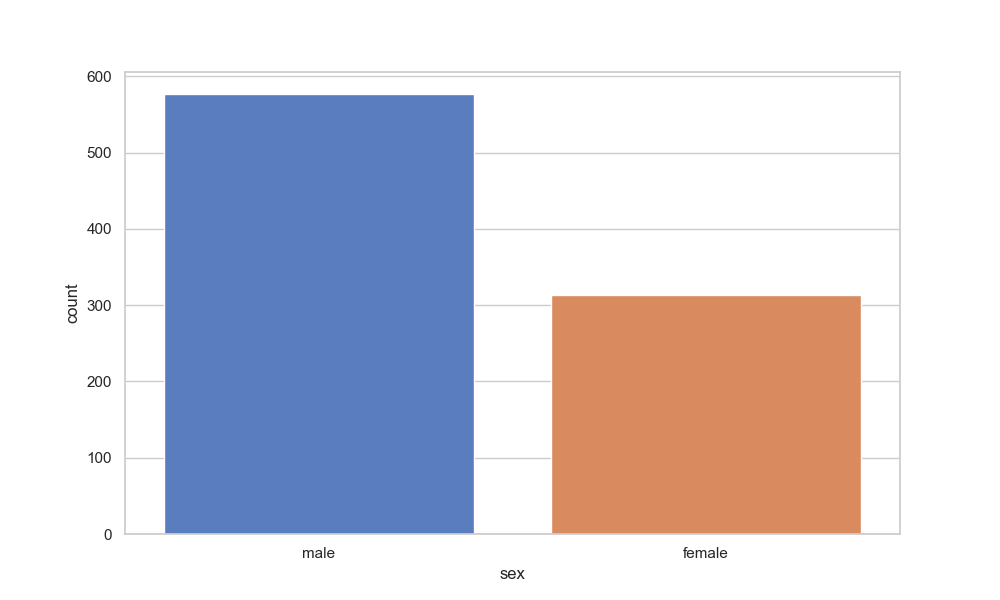
python, seaborn, countplot, x='sex', palette='muted', hue='sex'